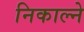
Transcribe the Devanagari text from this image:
निकाल्ने